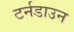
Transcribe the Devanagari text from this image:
टर्नडाउन